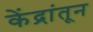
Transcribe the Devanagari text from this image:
केंद्रांतून